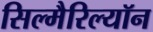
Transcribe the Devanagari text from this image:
सिल्मैरिल्यॉन